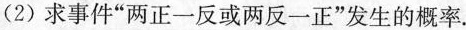
(2)求事件”两正一反或两反一正”发生的概率.